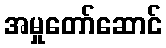
အမှုတော်ဆောင်